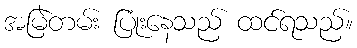
အမြဲတမ်း ပြုံးနေသည် ထင်ရသည်။